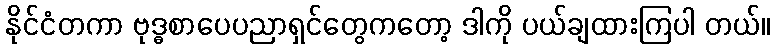
နိုင်ငံတကာ ဗုဒ္ဓစာပေပညာရှင်တွေကတော့ ဒါကို ပယ်ချထားကြပါ တယ်။